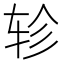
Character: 轸